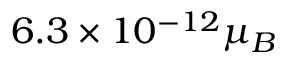
6 . 3 \times 1 0 ^ { - 1 2 } \mu _ { B }